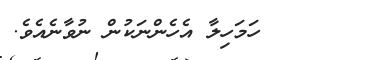
٣٩       ހަމަހިލާ އެހެންނަކުން ނުވާނެއެވެ.